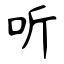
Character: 听